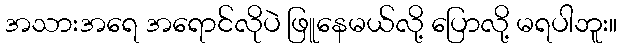
အသားအရေ အရောင်လိုပဲ ဖြူနေမယ်လို့ ပြောလို့ မရပါဘူး။